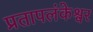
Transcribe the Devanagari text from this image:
प्रतापलंकेश्वर